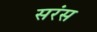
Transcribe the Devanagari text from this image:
सरंस